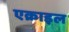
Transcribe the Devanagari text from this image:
एक्राइल